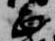
正